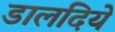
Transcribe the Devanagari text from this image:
डालदिये